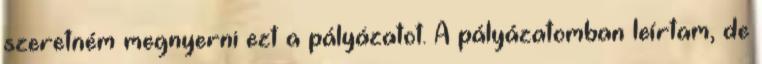
szeretném megnyerni ezt a pályázatot. A pályázatomban leírtam, de